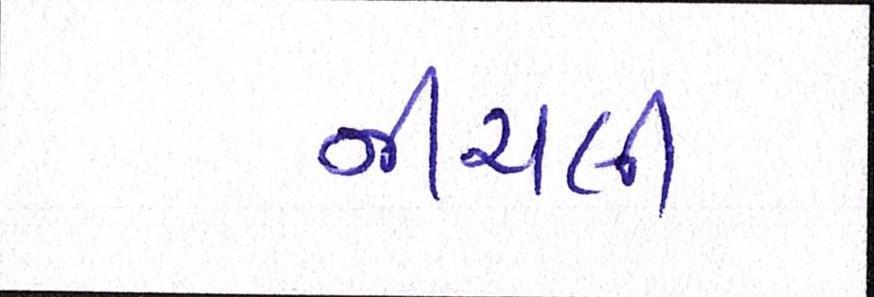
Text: નીચલી